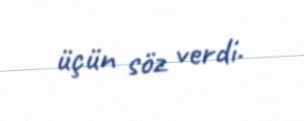
üçün söz verdi.